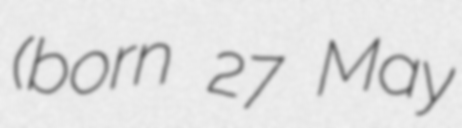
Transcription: (born 27 May